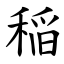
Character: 稲